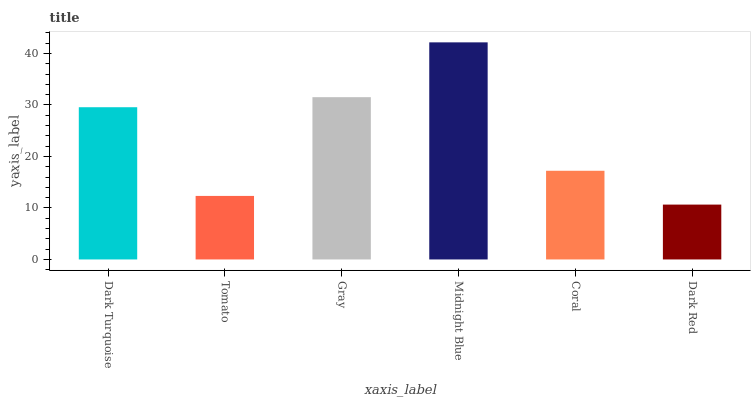
| xaxis_label | bars |
 | --- | --- |
 | Dark Turquoise | 29.6 |
 | Tomato | 12.3 |
 | Gray | 31.5 |
 | Midnight Blue | 42.2 |
 | Coral | 17.2 |
 | Dark Red | 10.7 |